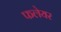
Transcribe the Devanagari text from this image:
फलेयर